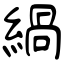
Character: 緺